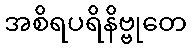
အစိရပရိနိဗ္ဗုတေ